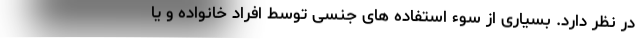
در نظر دارد. بسیاری از سوء استفاده های جنسی توسط افراد خانواده و یا